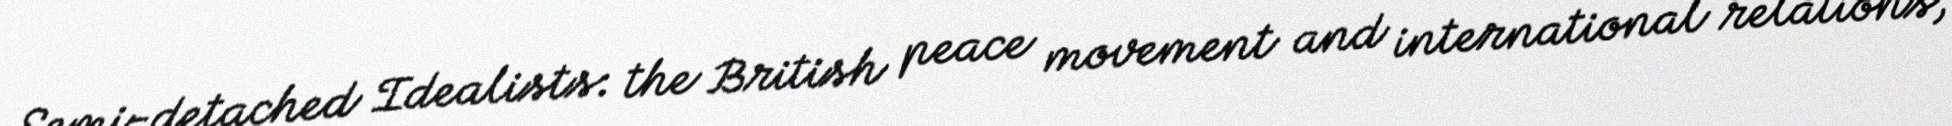
Semi-detached Idealists: the British peace movement and international relations,